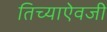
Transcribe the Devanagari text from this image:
तिच्याऐवजी